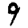
Digit: 9